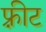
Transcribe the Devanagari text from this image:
फ़्रीट